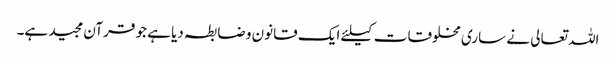
اللہ تعالی نے ساری مخلوقات کیلئے ایک قانون و ضابطہ دیا ہے جو قرآن مجید ہے۔